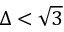
\Delta < \sqrt { 3 }